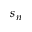
s _ { n }